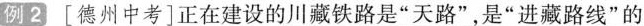
例2 [德州中考]正在建设的川藏铁路是”天路”，是”进藏路线”的